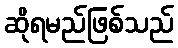
ဆိုရမည်ဖြစ်သည်